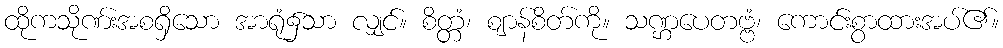
ထိုကသိုဏ်းအစရှိသော အာရုံ၌သာ လျှင်။ စိတ္တံ၊ ဈာန်စိတ်ကို။ သဏ္ဌပေတဗ္ဗံ၊ ကောင်းစွာထားအပ်၏။